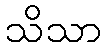
သိသာ